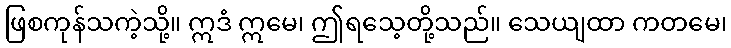
ဖြစကုန်သကဲ့သို့။ ဣဒံ ဣမေ၊ ဤရသေ့တို့သည်။ သေယျထာ ကတမေ၊